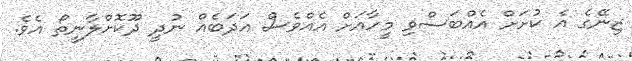
ޒިނޭގެ އެ ކުށަށް އެއްބަސްވި މީހާއަށް އެއްވެސް އަދަބެއް ނުދީ ދޫކޮށްލާނީތޯ އެވެ.